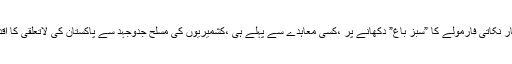
یہ اس وقت کے حکمران مشرف کی بھیانک غلطی ثابت ہوئے کہ اس نے انڈیا کی طرف سے چار نکاتی فارمولے کا ”سبز باغ” دکھانے پر ،کسی معاہدے سے پہلے ہی ،کشمیریوں کی مسلح جدوجہد سے پاکستان کی لاتعلقی کا اقدام کرتے ہوئے مقبوضہ کشمیر کی صورتحال انڈیا کے حق میں کرنے میں بڑی مدد فراہم ہوئی۔